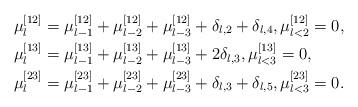
LaTeX: \begin{align*} \mu_l^{[12]}&=\mu_{l-1}^{[12]}+\mu_{l-2}^{[12]}+\mu_{l-3}^{[12]}+\delta_{l,2}+\delta_{l,4},\mu_{l<2}^{[12]}=0, \\ \mu_l^{[13]}&=\mu_{l-1}^{[13]}+\mu_{l-2}^{[13]}+\mu_{l-3}^{[13]}+2\delta_{l,3}, \mu_{l<3}^{[13]}=0, \\ \mu_l^{[23]}&=\mu_{l-1}^{[23]}+\mu_{l-2}^{[23]}+\mu_{l-3}^{[23]}+\delta_{l,3}+\delta_{l,5}, \mu_{l<3}^{[23]}=0.\end{align*}